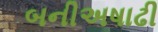
બનીઅષાઢી